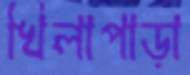
খিলাপাড়া